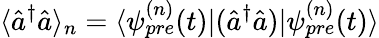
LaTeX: \langle\hat{a}^{\dagger}\hat{a}\rangle_{n}=\langle\psi_{pre}^{(n)}(t)|(\hat{a}^{\dagger}\hat{a})|\psi_{pre}^{(n)}(t)\rangle